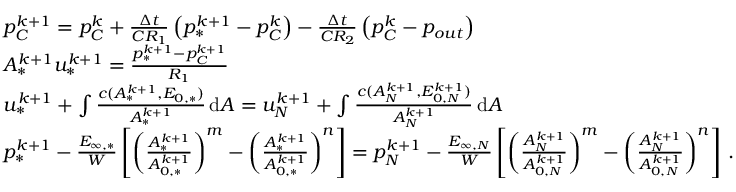
\begin{array} { r l } & { p _ { C } ^ { k + 1 } = p _ { C } ^ { k } + \frac { \Delta t } { C R _ { 1 } } \left( p _ { * } ^ { k + 1 } - p _ { C } ^ { k } \right) - \frac { \Delta t } { C R _ { 2 } } \left( p _ { C } ^ { k } - p _ { o u t } \right) } \\ & { A _ { * } ^ { k + 1 } u _ { * } ^ { k + 1 } = \frac { p _ { * } ^ { k + 1 } - p _ { C } ^ { k + 1 } } { R _ { 1 } } } \\ & { u _ { * } ^ { k + 1 } + \int \frac { c ( A _ { * } ^ { k + 1 } , E _ { 0 , * } ) } { A _ { * } ^ { k + 1 } } \, \mathrm { d } A = u _ { N } ^ { k + 1 } + \int \frac { c ( A _ { N } ^ { k + 1 } , E _ { 0 , N } ^ { k + 1 } ) } { A _ { N } ^ { k + 1 } } \, \mathrm { d } A } \\ & { p _ { * } ^ { k + 1 } - \frac { E _ { \infty , * } } { W } \left[ \left( \frac { A _ { * } ^ { k + 1 } } { A _ { 0 , * } ^ { k + 1 } } \right) ^ { m } - \left( \frac { A _ { * } ^ { k + 1 } } { A _ { 0 , * } ^ { k + 1 } } \right) ^ { n } \right] = p _ { N } ^ { k + 1 } - \frac { E _ { \infty , N } } { W } \left[ \left( \frac { A _ { N } ^ { k + 1 } } { A _ { 0 , N } ^ { k + 1 } } \right) ^ { m } - \left( \frac { A _ { N } ^ { k + 1 } } { A _ { 0 , N } ^ { k + 1 } } \right) ^ { n } \right] \, . } \end{array}